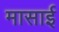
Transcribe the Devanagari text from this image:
मासाई